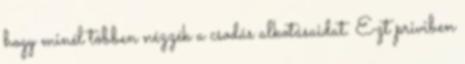
hogy minél többen nézzék a csodás alkotásaidat. Ezt priviben